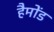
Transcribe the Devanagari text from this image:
हैमोंड